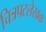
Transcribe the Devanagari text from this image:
चित्रपटलेखक